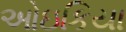
ઓઇકિયા